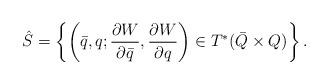
LaTeX: \begin{align*}\hat{S}=\left\{ \left(\bar{q},q;\frac{\partial W}{\partial \bar{q}},\frac{\partial W}{\partial q}\right)\in T^*(\bar{Q}\times Q) \right \}.\end{align*}